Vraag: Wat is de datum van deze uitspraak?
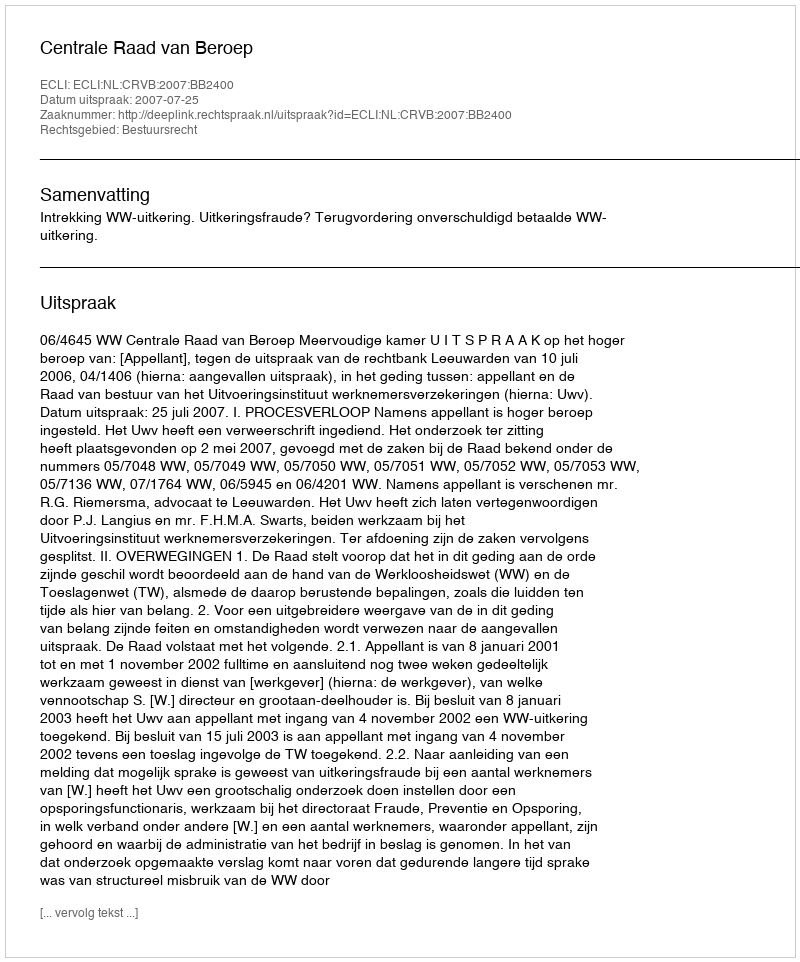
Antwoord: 2007-07-25